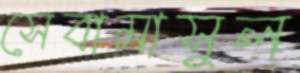
সেবামাসুল